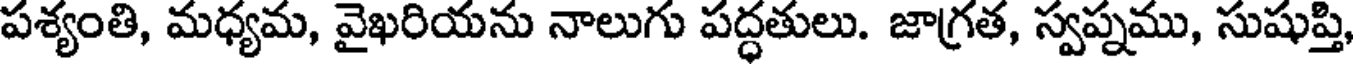
పశ్యంతి, మధ్యమ, వైఖరియను నాలుగు పద్ధతులు. జాగ్రత, స్వప్నము, సుషుప్తి,